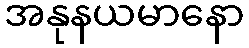
အနုနယမာနော